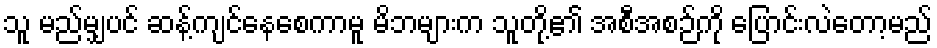
သူ မည်မျှပင် ဆန့်ကျင်နေစေကာမူ မိဘများက သူတို့၏ အစီအစဉ်ကို ပြောင်းလဲတော့မည်